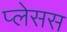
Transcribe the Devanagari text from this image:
प्लेसस